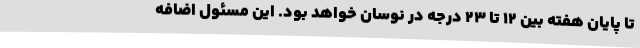
تا پایان هفته بین 12 تا 23 درجه در نوسان خواهد بود. این مسئول اضافه